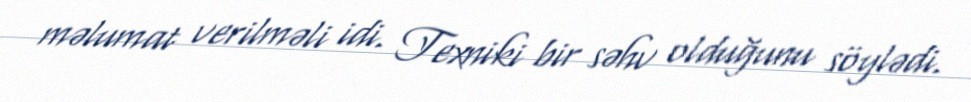
məlumat verilməli idi. Texniki bir səhv olduğunu söylədi.